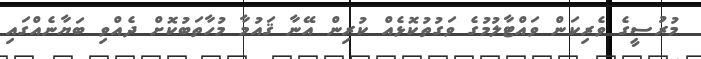
މުރުސީގެ ވެރިކަން ވައްޓާލުމުގެ ވަގުތުކޮޅެއް ކުރިން އޭނާ ޤައުމާ މުހާތަބުކޮށް ދެއްވި ބަޔާނެއްގައި